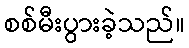
စစ်မီးပွားခဲ့သည်။